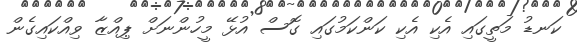
ކަނޑު މަތީގައި އެކި އެކި ކަންކަމުގައި ގޮސް އުޅޭ މީހުންނަށް ޕިއްޒާ ވިއްކައިގެން